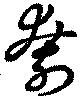
刳